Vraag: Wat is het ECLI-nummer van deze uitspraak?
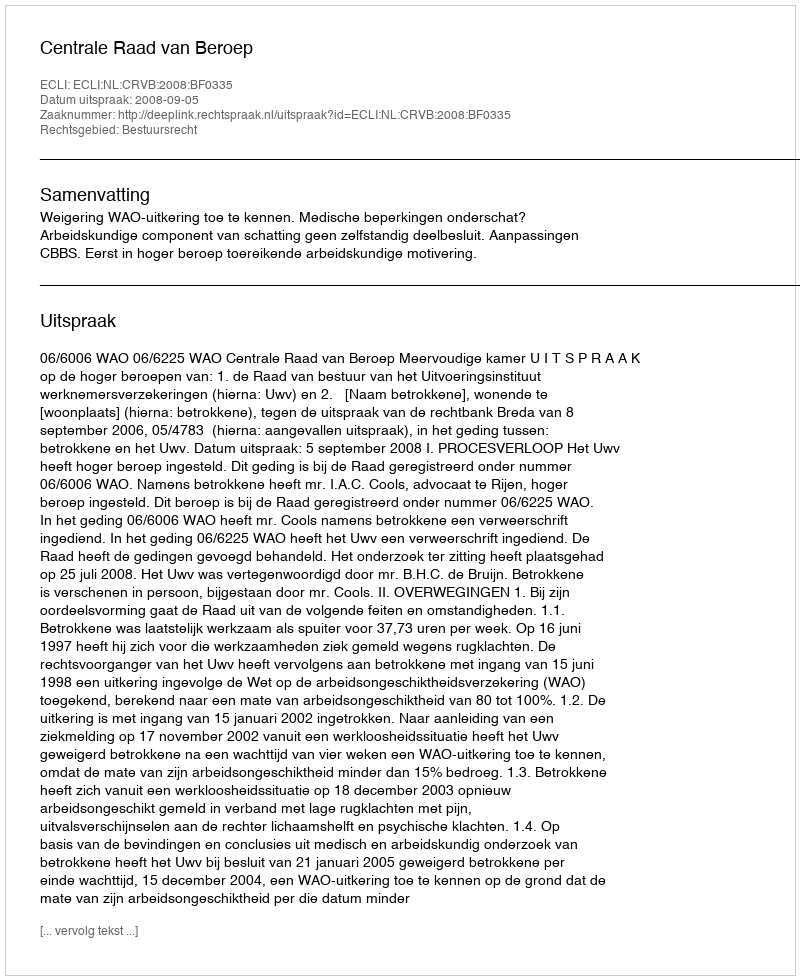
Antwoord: ECLI:NL:CRVB:2008:BF0335